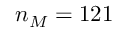
n _ { M } = 1 2 1